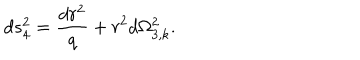
d s _ { 4 } ^ { 2 } = \frac { d r ^ { 2 } } { q } + r ^ { 2 } d \Omega _ { 3 , k } ^ { 2 } .